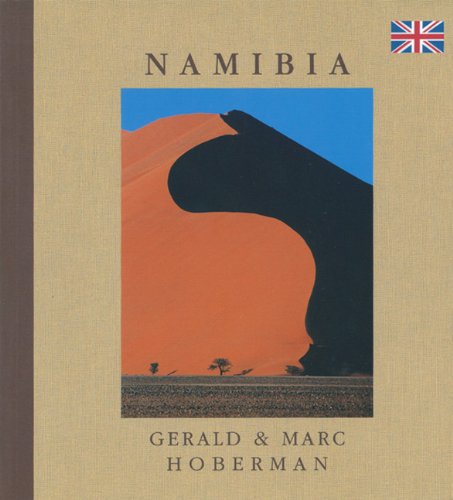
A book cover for Namibia; Gerald Hoberman; Travel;